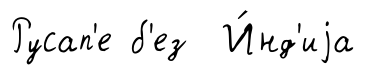
Русап'е б'ез И́нд'иjа